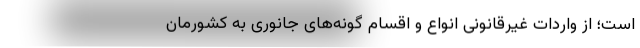
است؛ از واردات غیرقانونی انواع و اقسام گونه‌های جانوری به کشورمان